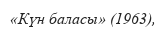
«Күн баласы» (1963),